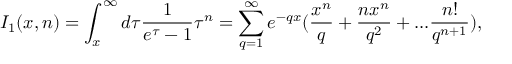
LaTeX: I _ { 1 } ( x , n ) = \int _ { x } ^ { \infty } d \tau \frac { 1 } { e ^ { \tau } - 1 } \tau ^ { n } = \sum _ { q = 1 } ^ { \infty } e ^ { - q x } ( \frac { x ^ { n } } { q } + \frac { n x ^ { n } } { q ^ { 2 } } + . . . \frac { n ! } { q ^ { n + 1 } } ) ,